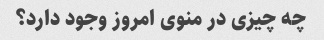
چه چیزی در منوی امروز وجود دارد؟